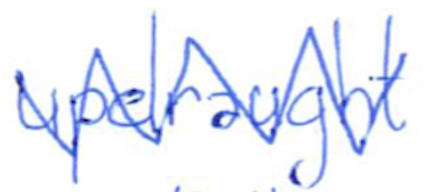
Text: updraught
Cross-out: zig-zag
Writing tool: ballpoint